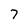
Character: 7